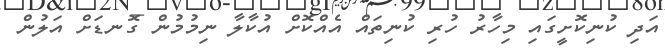
އަދި ކުނިކޮށީގައި މިހާރު ހުރި ކުނިތައް އެއްކޮށް އުކާލާ ނިމުމުން ގޮނޑަށް އަލުން